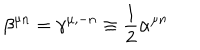
\beta ^ { \mu n } = \gamma ^ { \mu , - n } \equiv \frac { 1 } { 2 } \alpha ^ { \mu n }